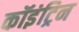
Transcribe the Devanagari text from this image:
कॉइंट्रिन